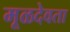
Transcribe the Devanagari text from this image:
मूळदेवता